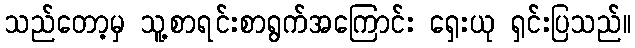
သည်တော့မှ သူ့စာရင်းစာရွက်အကြောင်း ရှေးယု ရှင်းပြသည်။